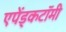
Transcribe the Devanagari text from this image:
एपेंड्कटॉमी